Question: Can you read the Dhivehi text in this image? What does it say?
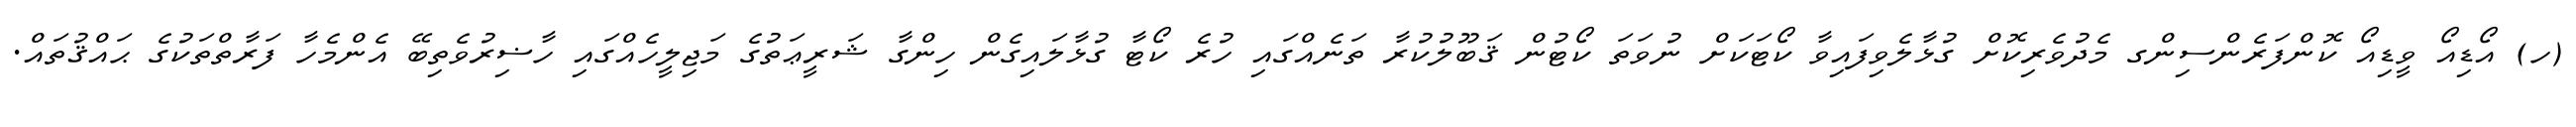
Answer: (ހ) އޯޑިއޯ ވީޑިއޯ ކޮންފަރެންސިންގ މެދުވެރިކޮށް ގުޅާލެވިފައިވާ ކޯޓަކަށް ނުވަތަ ކޯޓުން ޤަބޫލުކުރާ ތަނެއްގައި ހުރެ ކޯޓާ ގުޅާލައިގެން ހިންގާ ޝަރީޢަތުގެ މަޖިލީހެއްގައި ހާޟިރުވެތިބޭ އެންމެހާ ފަރާތްތަކުގެ ޙައްޤުތައް.